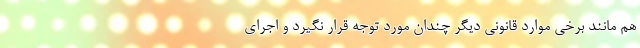
هم مانند برخی موارد قانونی دیگر چندان مورد توجه قرار نگیرد و اجرای